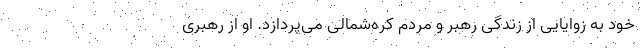
خود به زوایایی از زندگی رهبر و مردم کره‌شمالی می‌پردازد. او از رهبری